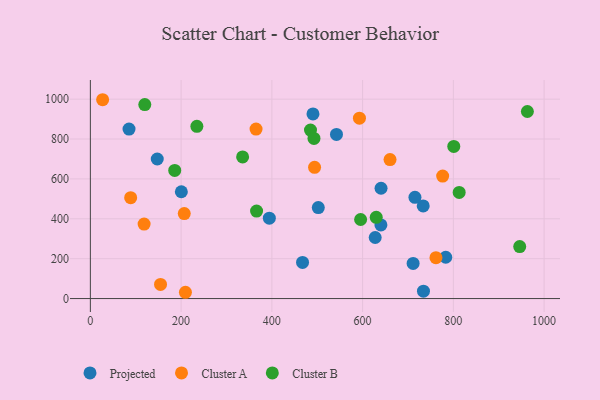
{"axis": {"x": "Ad Spend", "y": "Rating"}, "legend": ["Cluster A", "Cluster B", "Projected"], "data": [{"x": "200.5", "y": 535.7, "type": "Projected"}, {"x": "627.7", "y": 306.2, "type": "Projected"}, {"x": "734.1", "y": 36.8, "type": "Projected"}, {"x": "502.3", "y": 456.4, "type": "Projected"}, {"x": "733.5", "y": 464.4, "type": "Projected"}, {"x": "783.2", "y": 207.1, "type": "Projected"}, {"x": "394.4", "y": 403.2, "type": "Projected"}, {"x": "85.2", "y": 850.1, "type": "Projected"}, {"x": "147.4", "y": 699.9, "type": "Projected"}, {"x": "715.3", "y": 507.5, "type": "Projected"}, {"x": "467.6", "y": 181.2, "type": "Projected"}, {"x": "640.6", "y": 553.1, "type": "Projected"}, {"x": "490.6", "y": 926.2, "type": "Projected"}, {"x": "711.3", "y": 176.0, "type": "Projected"}, {"x": "542.4", "y": 823.4, "type": "Projected"}, {"x": "640.3", "y": 369.3, "type": "Projected"}, {"x": "761.6", "y": 204.9, "type": "Cluster A"}, {"x": "494.1", "y": 658.0, "type": "Cluster A"}, {"x": "209.5", "y": 31.5, "type": "Cluster A"}, {"x": "776.4", "y": 614.4, "type": "Cluster A"}, {"x": "118.4", "y": 373.3, "type": "Cluster A"}, {"x": "88.8", "y": 505.8, "type": "Cluster A"}, {"x": "365.1", "y": 850.0, "type": "Cluster A"}, {"x": "154.6", "y": 71.1, "type": "Cluster A"}, {"x": "27.0", "y": 997.2, "type": "Cluster A"}, {"x": "660.4", "y": 696.9, "type": "Cluster A"}, {"x": "206.9", "y": 426.1, "type": "Cluster A"}, {"x": "593.0", "y": 904.6, "type": "Cluster A"}, {"x": "946.2", "y": 260.5, "type": "Cluster B"}, {"x": "185.9", "y": 642.7, "type": "Cluster B"}, {"x": "335.5", "y": 710.2, "type": "Cluster B"}, {"x": "366.3", "y": 438.9, "type": "Cluster B"}, {"x": "119.9", "y": 972.7, "type": "Cluster B"}, {"x": "963.1", "y": 938.1, "type": "Cluster B"}, {"x": "595.6", "y": 396.5, "type": "Cluster B"}, {"x": "630.0", "y": 407.3, "type": "Cluster B"}, {"x": "800.9", "y": 763.0, "type": "Cluster B"}, {"x": "485.1", "y": 845.1, "type": "Cluster B"}, {"x": "812.8", "y": 532.1, "type": "Cluster B"}, {"x": "234.7", "y": 863.6, "type": "Cluster B"}, {"x": "492.8", "y": 802.9, "type": "Cluster B"}]}